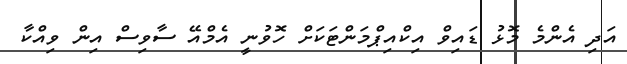
އަދި އެންމެ މޮޅު ޑައިވް އިކްއިޕްމަންޓަކަށް ހޮވުނީ އެމްއޭ ސާވިސް އިން ވިއްކާ